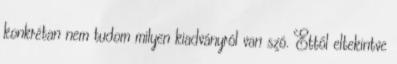
konkrétan nem tudom milyen kiadványról van szó. Ettől eltekintve